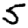
Digit: 5